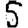
Digit: 5